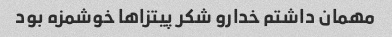
مهمان داشتم خدارو شکر پیتزاها خوشمزه بود